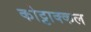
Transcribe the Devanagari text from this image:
कोट्टाक्कल